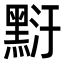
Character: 䵦